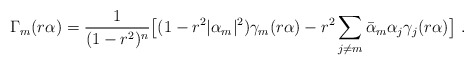
\begin{align*} \Gamma_m(r\alpha) =\frac 1{(1-r^2)^n}\bigl[(1-r^2|\alpha_m|^2) \gamma_m(r\alpha)-r^2\sum_{j\neq m} \bar \alpha_m \alpha_j \gamma_j(r\alpha)\bigr]\ .\end{align*}